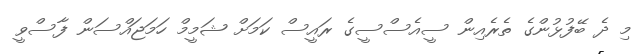
މި ދެ ބޭފުޅުންގެ ތެރެއިން ސީއެސްސީގެ ރައީސް ކަމަށް ޝަމީމް ހަމަޖައްސަން ފާސްވީ